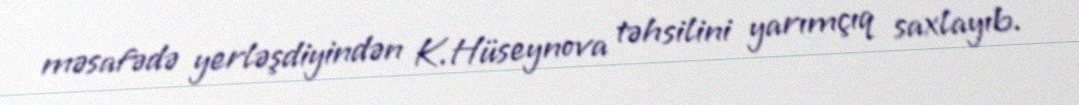
məsafədə yerləşdiyindən K.Hüseynova təhsilini yarımçıq saxlayıb.